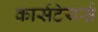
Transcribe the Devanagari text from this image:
कार्सटेयर्स